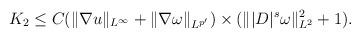
LaTeX: \begin{align*}K_2\leq C (\|\nabla u\|_{L^\infty}+\|\nabla\omega\|_{L^{p'}})\times(\||D|^s\omega\|_{L^2}^2+1).\end{align*}